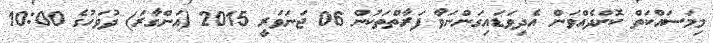
މިމަސައްކަތް ކޮށްދެއްވަން އެދިވަޑައިގަންނަވާ ފަރާތްތަކުން 06 ޖަނަވަރީ 2015 (އަންގާރަ) ދުވަހުގެ 10:00